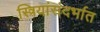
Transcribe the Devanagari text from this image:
स्त्रियांसंदर्भात